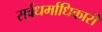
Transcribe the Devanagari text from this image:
सर्वधर्माधिकारी